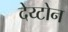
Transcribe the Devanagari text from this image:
देय्टोन